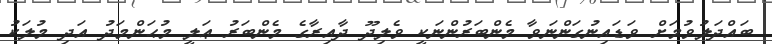
ބައްދަލުވުމަށް ވަޑައިނުގަންނަވާ މެންބަރުންނަކީ ވެލިދޫ ދާއިރާގެ މެންބަރު ޢަލީ މުޙަންމަދު އަދި މުލަކު